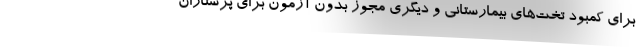
برای کمبود تخت‌های بیمارستانی و دیگری مجوز بدون آزمون برای پرستاران